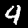
Label: 4